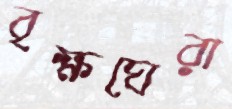
বৃক্ষঘেরা